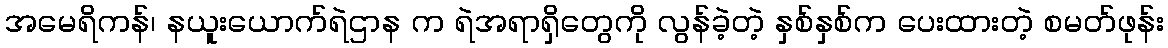
အမေရိကန်၊ နယူးယောက်ရဲဌာန က ရဲအရာရှိတွေကို လွန်ခဲ့တဲ့ နှစ်နှစ်က ပေးထားတဲ့ စမတ်ဖုန်း